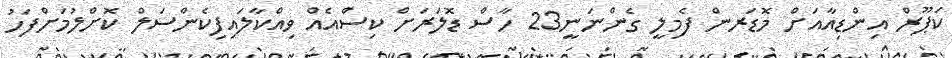
ކަޕޫރް އިންޑިއާއަށް މޮޑަރން ފެމިލީ ގެންނަނީ23 ހާސް ޑޮލަރަށް ކިސްއެއް ވިއްކާލައިފިކެންސަލް ކޮށްލުމަށްފަހު